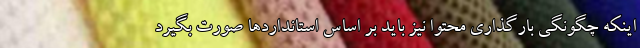
اینکه چگونگی بارگذاری محتوا نیز باید بر اساس استانداردها صورت بگیرد